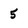
Character: 5